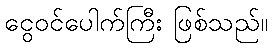
ငွေဝင်ပေါက်ကြီး ဖြစ်သည်။